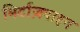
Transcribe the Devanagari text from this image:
मिर्टाज़पाइन